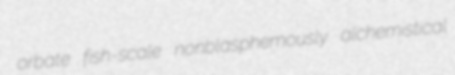
orbate fish-scale nonblasphemously alchemistical